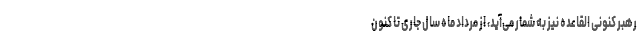
رهبر کنونی القاعده نیز به شمار می‌آید، از مرداد ماه سال جاری تا کنون